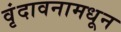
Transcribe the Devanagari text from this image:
वृंदावनामधून